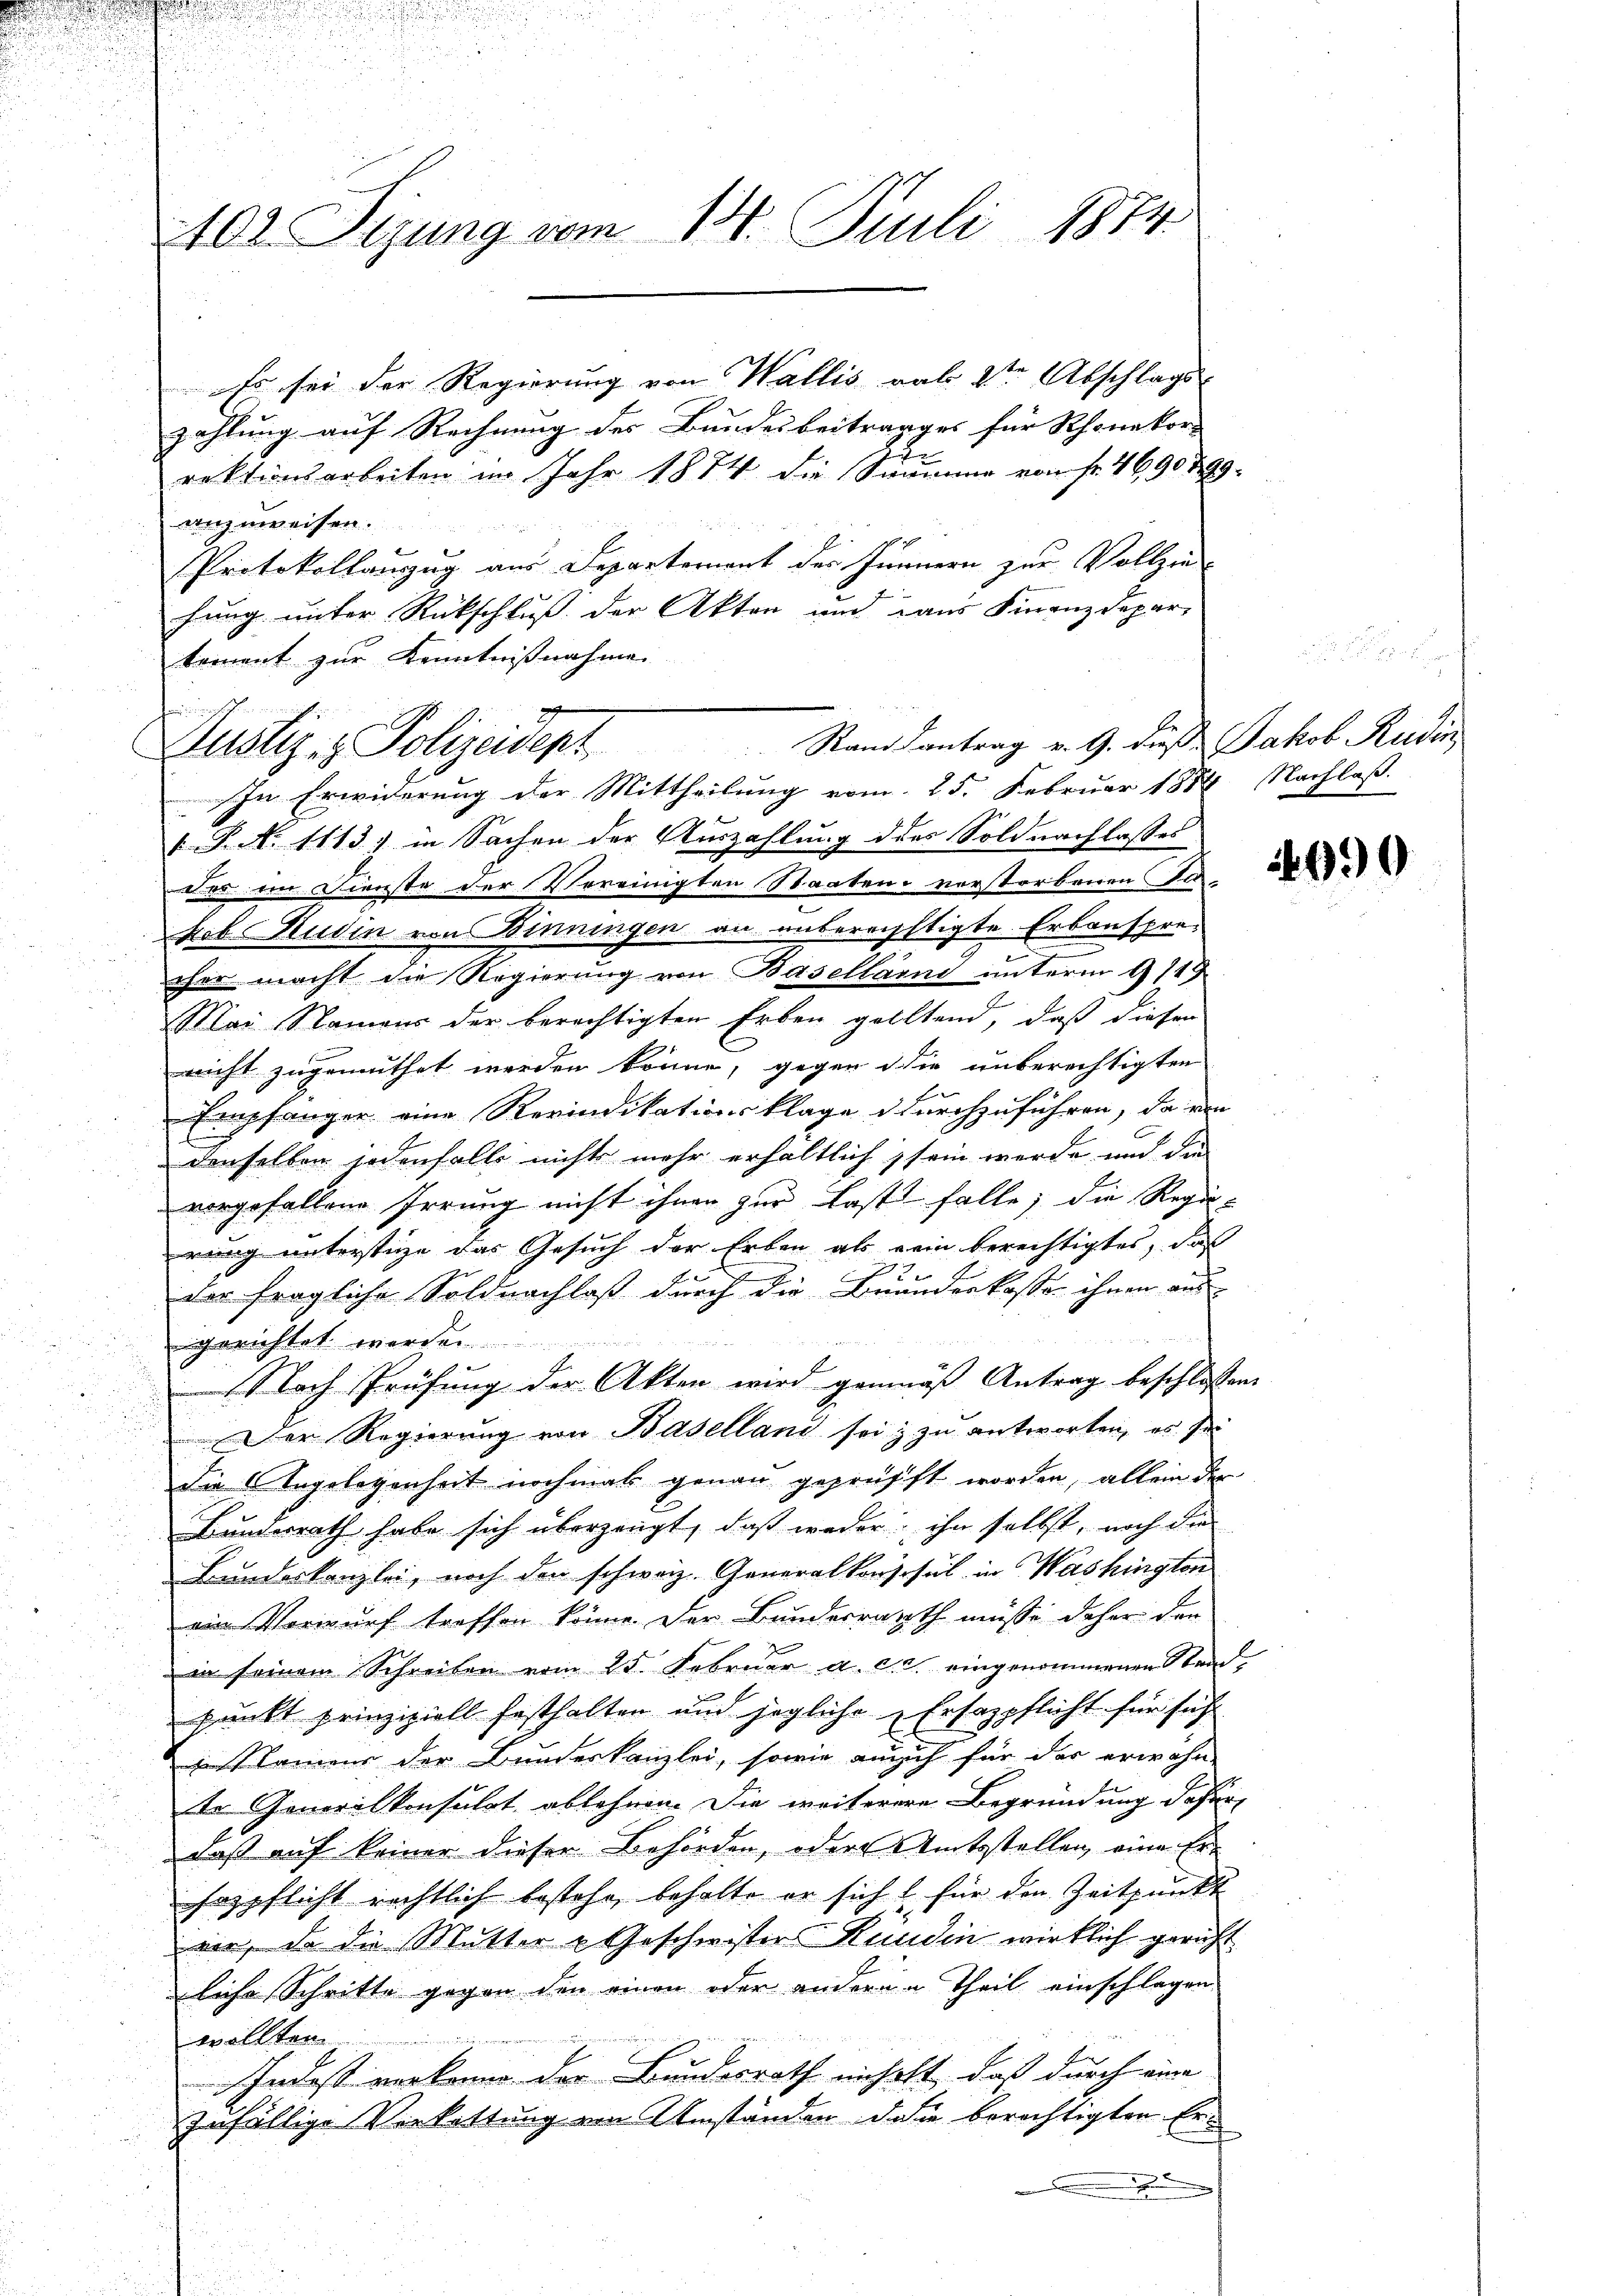
402. Sizung vom 14. Juli 1874

Es sei der Regierung von Wallis rab 2ten Abschlags
zahlung auf Rechnung des Bundesbeitrages für Rhonekor-
2
rektionsarbeiten im Jahr 1874 die Summe von fr. 4690 799.
anzuweisen.
Protokollauzug aus Departement der Jännern zur Vollziehung unter Rückschluß der Akten und aus Finanzdepar-
tement zur Kenntnißnahme
a
In Erwiderung der Mittheilung vom 25. Februar 1884 Nachlaß
 P. N. 1113) in Sachen der Auszahlung des Soldnachlasses
der im Dienste der Vereinigten Staaten verstorbenen Fa
Leb Hudin von Dinningen an unberechtigte Erbansprecher macht die Regierung von Baselland unterm 9119
Mai Namens der berechtigten Erben gelltend, daß diesen
nicht zugemuthet werden könne, gegen die unberechtigten
Empfänger eine Revindikationsklage durchzuführen, da von
denselben jedenfalls nichts mehr erhältlich sein werde und die
vorgefallene Irrung nicht ihnen zur Last falle; die Regie-
rung unterstige das Gesuch der Erben als rein berechtigtes, daß
J
e
E
der fragliche Soldnachlaß durch die Beunderkasse ihnen aus
gerichtet werden
Nach Prüfung der Akten wird gemäß Antrag beschlossen
Der Regierung von Baselland sei, zu antworten, es sei
die Angelegenheit nochmals genau geprüfft worden, allein der
Bundesrath habe sich überzeugt, daß weder ihn selbst, noch die
Bundeskanzlei, noch den schweiz. Generalkonsul in Washingten
ein Vorwurf treffen könne. Der Bundesrath müsse daher der
in seinem Schreiben vom 25. Februar a. c. eingenommenen Stand-
punkt prinzipiell festhalten und jegliche Ersazpflicht für sich
in einen der Bundeskanzlei, sowie auch für der erwähn
te Generalkonsulat ablehnen. Die weiterere Begründung dafür,
daß auf keiner dieser Behörden, oder Amtsstellen, eine Ersospflicht richtlich bestehe, behalte er sich l für den Zeitpunkt
eir, da die Mutter u Geschwisters Hunden wirklich gericht
liche Schritte gegen den einen oder anderen Theil einschlagen.
wollten.
Indest verkanne der Bundesrath nicholt, daß durch eine
zufällige Vorkettung von Umständen dasie berichtigten Er

Justiz - Polizeident Stand antrag v. 9. daß Jakob Rudin